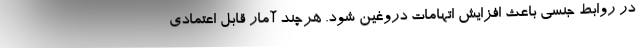
در روابط جنسی باعث افزایش اتهامات دروغین شود. هرچند آمار قابل اعتمادی